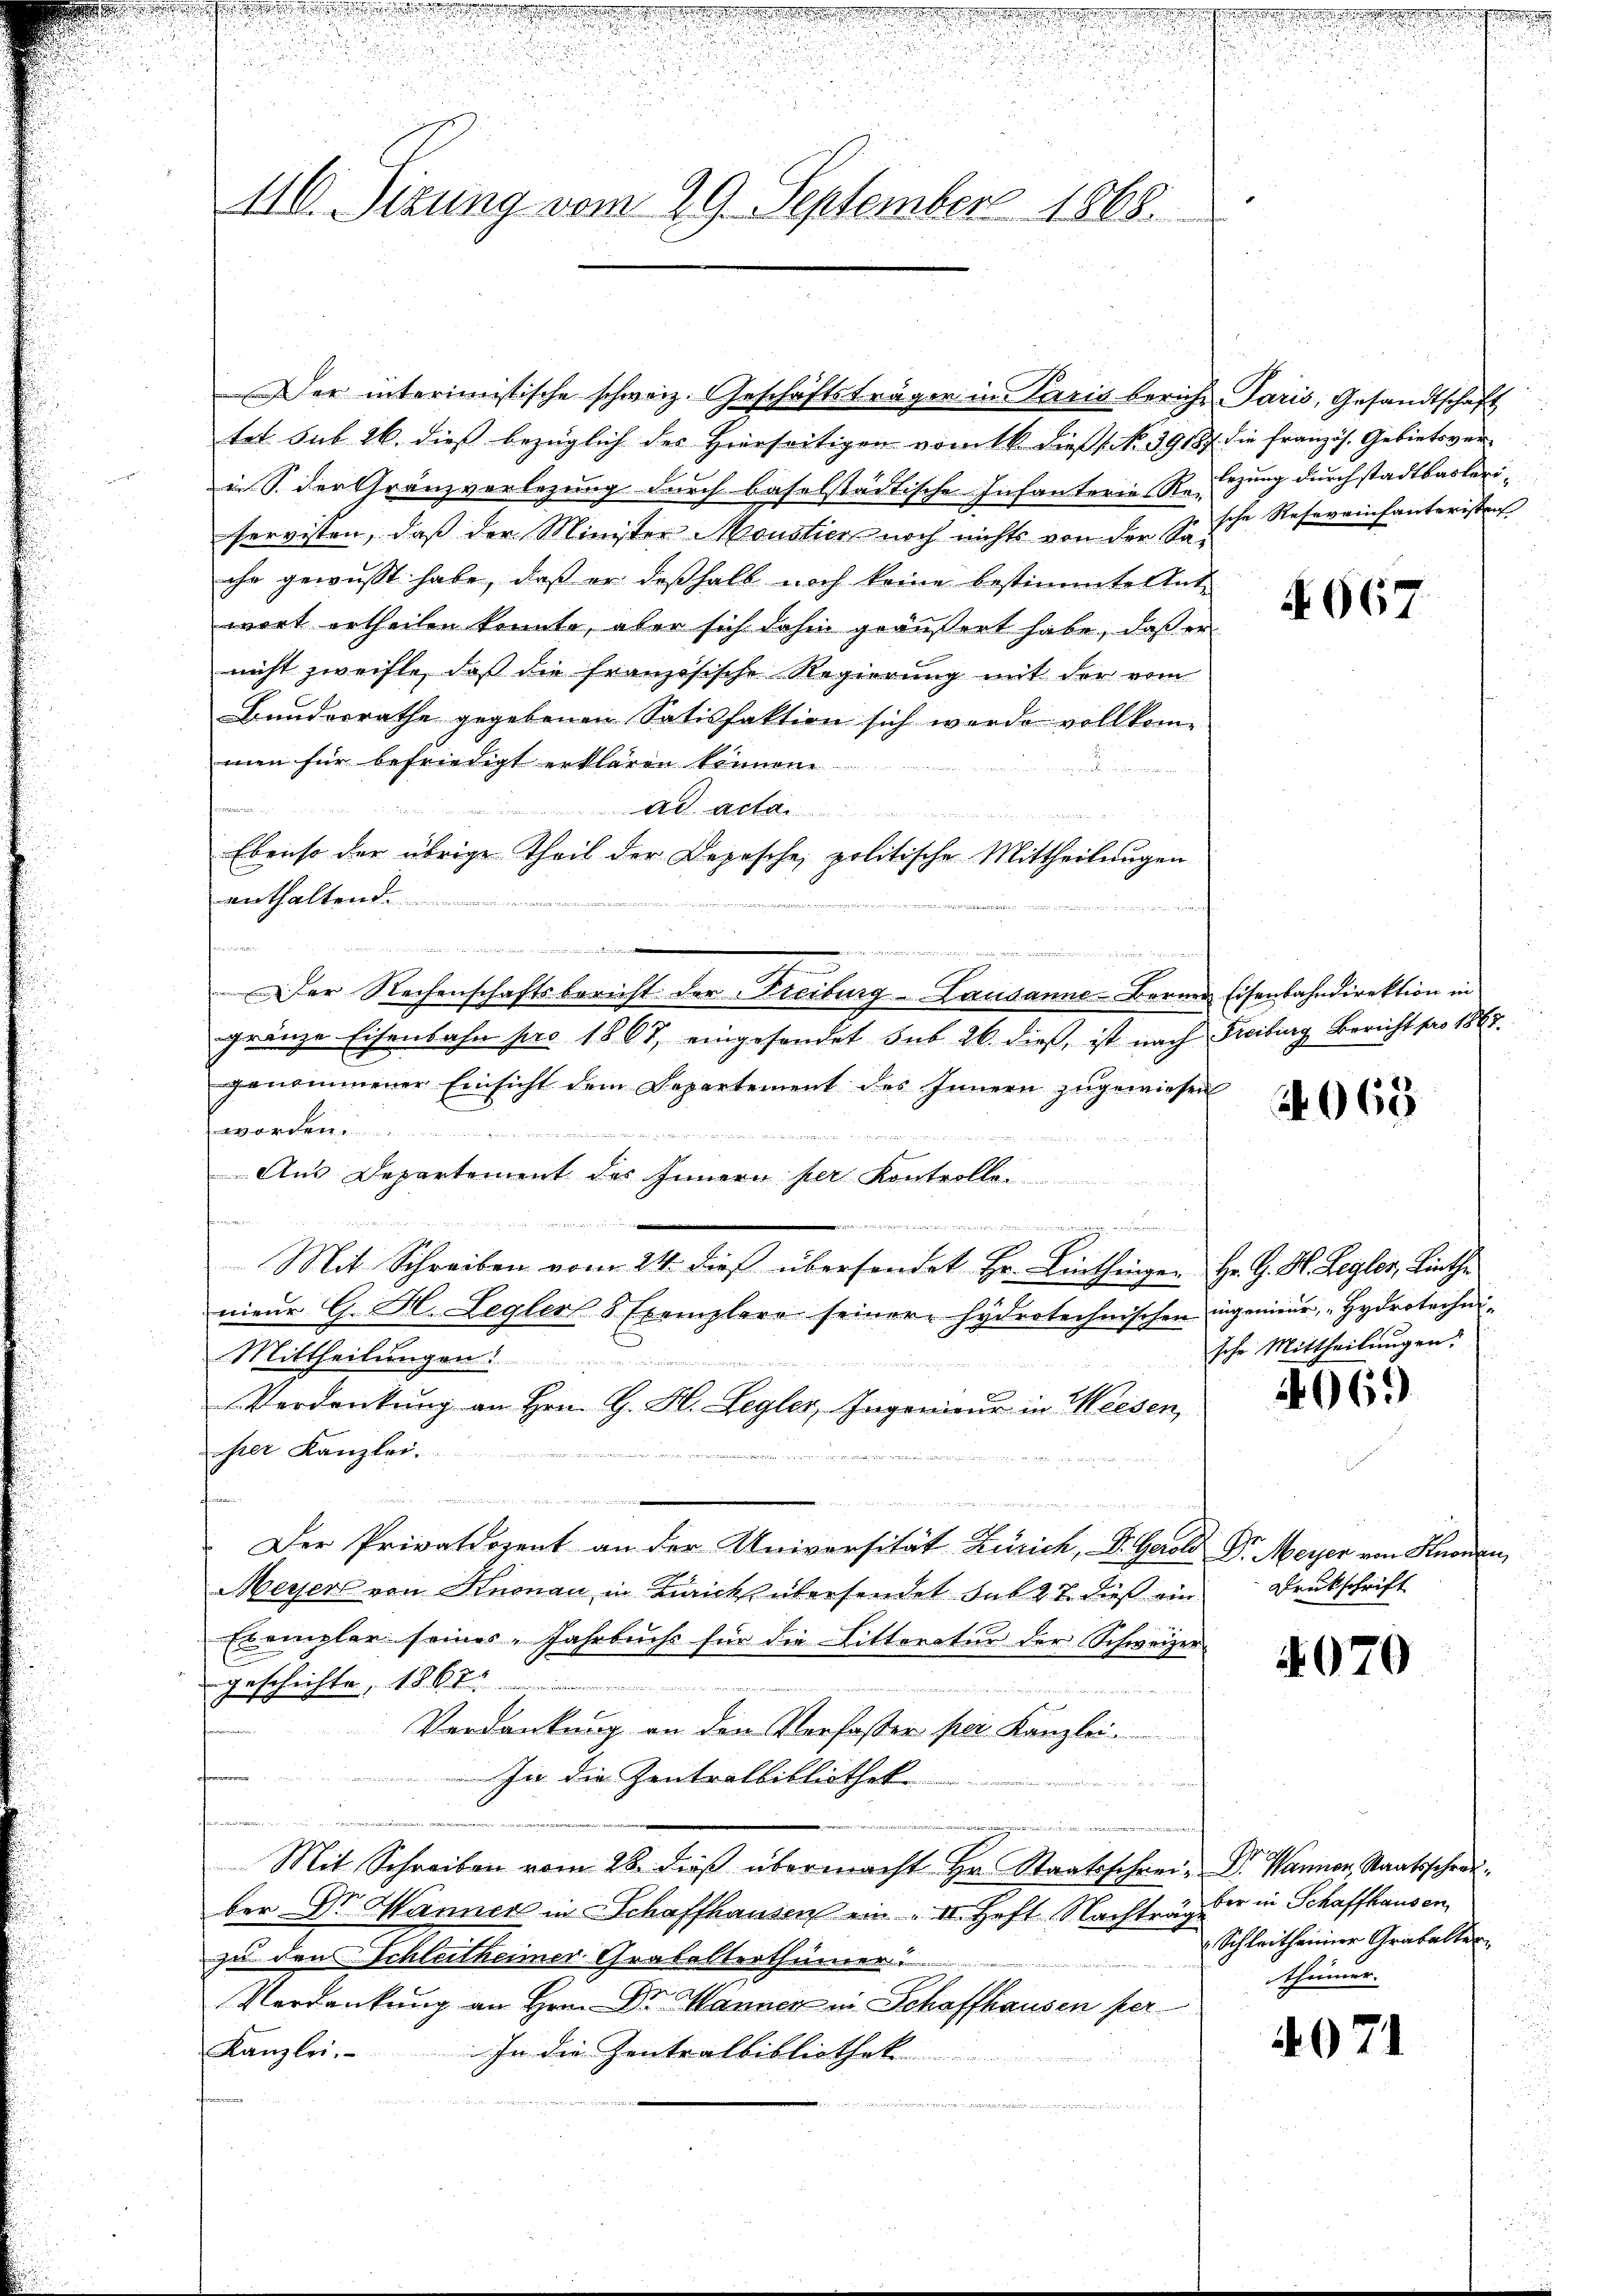
110. Sizung vom 29. September 1868.

Der interimistische schweiz. Geschäftsträger in Paris bericht Paris, Gesandtschaft
ter sub 26. dies bezüglich des Hierseitigen vom 16. dieß s. No. 39187 die Französ. Gebietsver-
i. S. der Gränzverlegung durch baselstädtische Infanterie Re- Lezung durch stadtbarkeriservisten, daß der Minister Moustier noch nichts von der Tasche Refereinfanterister
ihr gewusst habe, daß er deßhalb noch keine bestimmte Ent
wort ertheilen konnte, aber sich dahin geäußert habe, daß er
nicht zweifle, daß die französische Regierung mit der vom
Bundesrathe gegebenen Satisfaktion sich werde vollkom-
men für befriedigt erklären können

a
Ad Acta

Ebenso der übrige Theil der Depesche, politische Mittheilungen
enthaltend.
2
d
vier der eine hiesigen
.
Der Rechenschaftsbericht der Freiburg-Lausanne Berner Eisenbahndirektion in
gränze Eisenbahn pro 1867, eingesandet sub 26. dieß, ist nach Freiburg Bericht pro 1862.
genommener Einsicht dem Departement des Innern zugewiesen

 ich des
s
Aus Departement des Innern per Kontrolle.
den
2
eder einen in ein eingesättige unmitte einigenscheine er anden gegen werde
Mit Schreiben vom 24. dieß überhandet Hr. Linthinger Hr. G. H. Regler, Linthe
nieur G. H. Legler 8 Exemplare seinere hydrotechnischen ingenieur, Hydrotechni¬
Mittheilungen!
e
Verdankung an Hrn. G. H. Legler, Ingenieur in Weesen,
hrer Kanzlei.
.
u
Der Privatdozent an der Universität Zürich, Dr. Gerold Dr. Meyer von Knonen
Meyer von Knonau in Ziricks übersendet sub 27 dieß ein
Exemplar seines Jahrbuchs für die Litteratur der Schweizer
geschichte, 1867

Verdankung an den Verfasser per Kanzlei.
In die Zentralbibliothek
t
.
Mit Schreiben vom 28. dieß übermacht Hr. Staatsschrei- Dr. Wanner Staatsschreiber Dr. Wanner in Schaffhausen ein " 4. Heft Nachträgter in Schaffhausen,
zu den Schleitheimer Grabalterthümer
Verdankung an Hrn. Dr. Manner in Schaffhausen per¬
Kanzlei. In die Zentralbibliothek

N.667

4065

sche Mittheilungen.

4069

Drukschrift

4070

Schleitheimer Grabalter
thümer.

4071